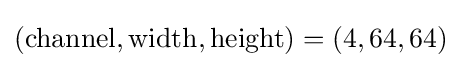
({\text{channel}},{\text{width}},{\text{height}})=(4,64,64)